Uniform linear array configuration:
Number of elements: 12
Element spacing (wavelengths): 0.25
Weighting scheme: binomial
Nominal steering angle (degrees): -45
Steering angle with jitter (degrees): -46.499
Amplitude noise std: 0.05
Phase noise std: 0.05

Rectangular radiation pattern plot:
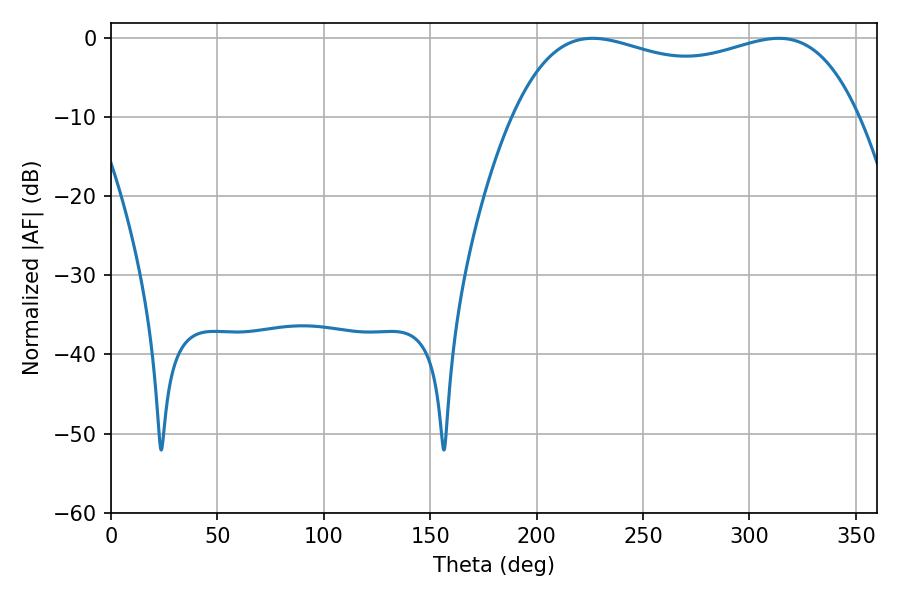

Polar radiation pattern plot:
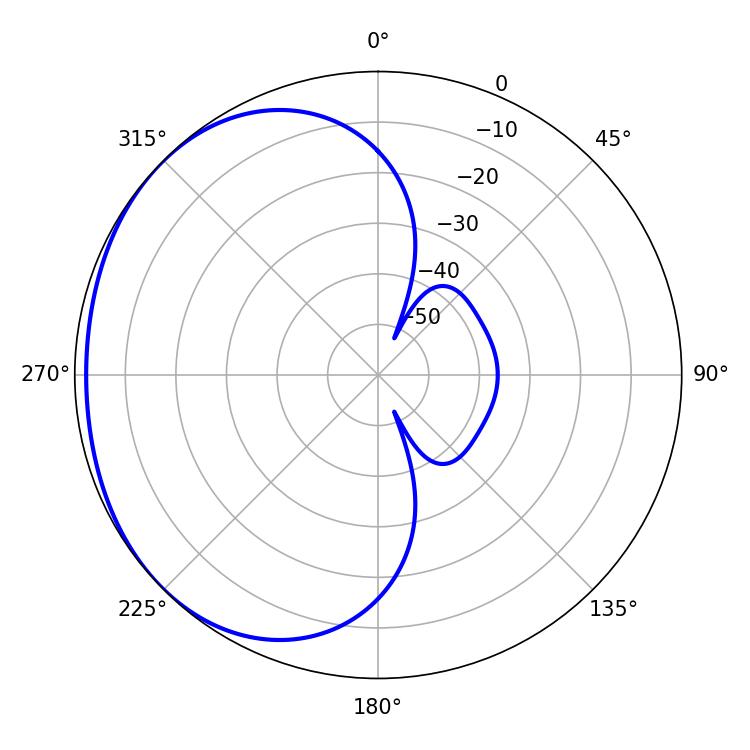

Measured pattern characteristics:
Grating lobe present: FALSE
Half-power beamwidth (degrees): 132.48
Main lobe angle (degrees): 226.26